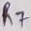
Text: R7